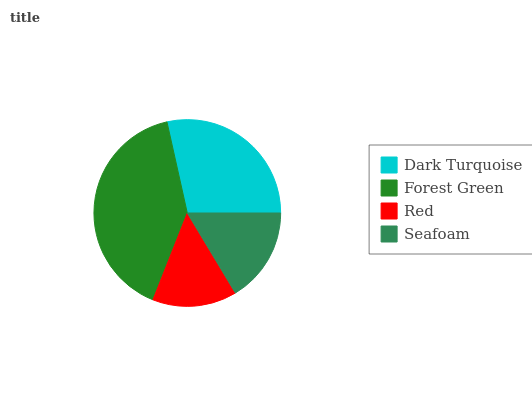
| Dark Turquoise | Forest Green | Red | Seafoam |
 | --- | --- | --- | --- |
 | 28.5% | 40.6% | 14.6% | 16.4% |